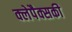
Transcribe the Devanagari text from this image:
क्लेपैक्सकी